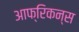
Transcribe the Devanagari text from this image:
आफ्रिकन्स